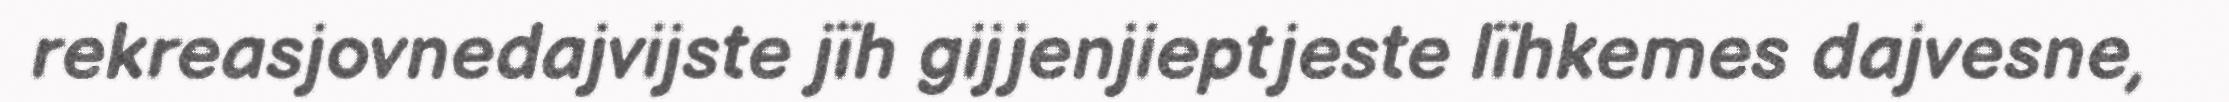
rekreasjovnedajvijste jïh gijjenjieptjeste lïhkemes dajvesne,